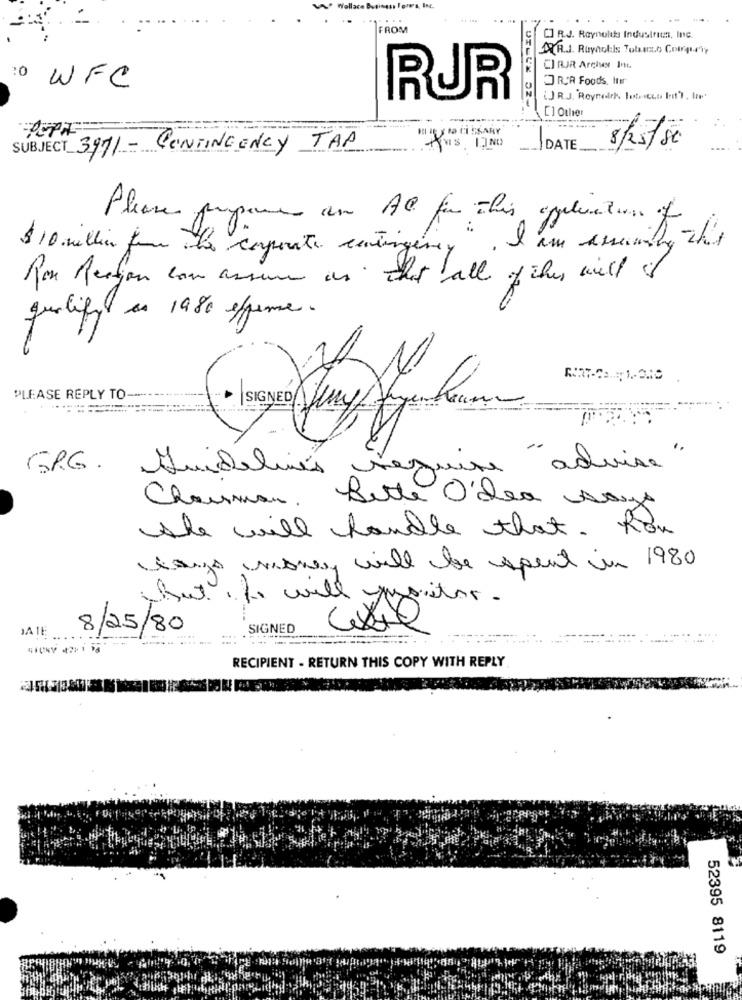
Wallace Business Fons, Ing.
FROM
[] R.J. Reynolds Industries, Inc.
.R.J. Reynolds Tobacco Courquety
CI RJR Archer In6
:0 WFC
JRCR Foods, Iter
RUR
() R.J "Roynoch los co Int). la
[] Other
-
SUBJECT 3971 - CONTINGENCY TAP
DATE
8/25/80
Please propones an AC for this ope
$10 million for the corporate centingeney
Ron Rection can assure as that all of this will &
qualify as 1980 effeme.
PLEASE REPLY TO
GRG. Guidelines require "advise"
Chairman.
Bitte O'der says
she will handle that. Rox
claus money will be spent in 1980
chat to will yuritor.
JATE
8/25/80
SIGNED
. .. . . .
RECIPIENT - RETURN THIS COPY WITH REPLY
52395 8119